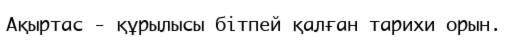
Ақыртас - құрылысы бітпей қалған тарихи орын.